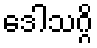
ဒေါသဂ္ဂိ